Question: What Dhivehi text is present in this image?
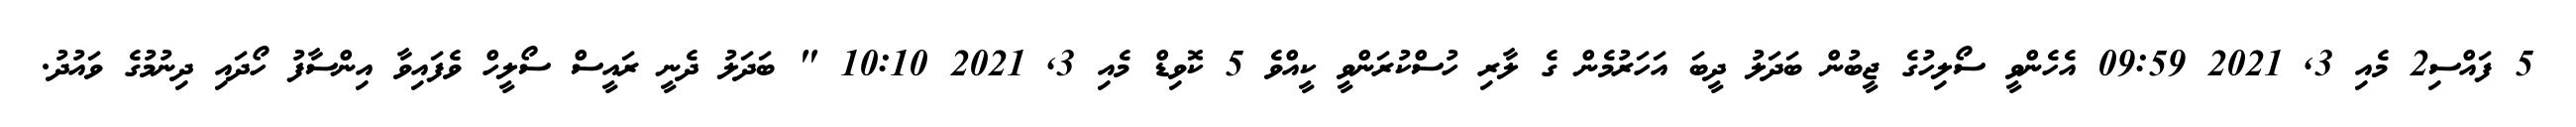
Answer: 5 ފައްސި2 މެއި 3, 2021 09:59 އެހެންވީ ސޯލިހުގެ ޖީބުން ބަދަލު ދީބަ އަހަރުމެން ގެ ލާރި ހުސްކުރަންވީ ކީއްވެ 5 ކޮވިޑް މެއި 3, 2021 10:10 " ބަދަލު ދެނީ ރައީސް ސޯލީހް ވެފައިވާ އިންސާފު ހޯދައި ދިނުމުގެ ވައުދު.